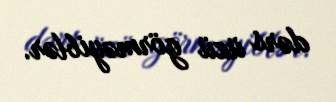
dərs üzü görməyiblər.